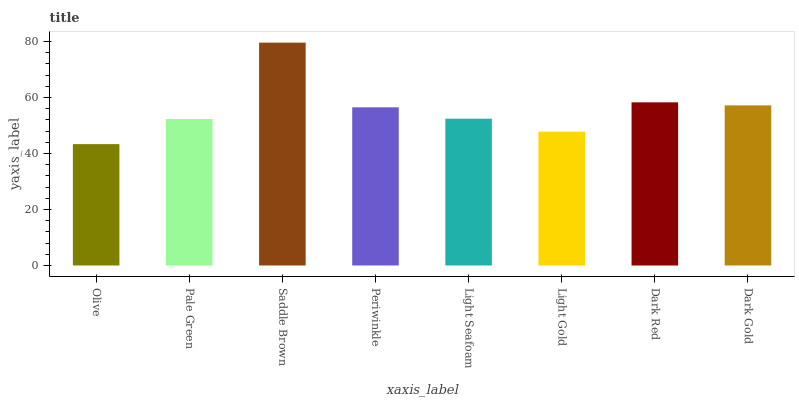
| xaxis_label | bars |
 | --- | --- |
 | Olive | 43.3 |
 | Pale Green | 52.3 |
 | Saddle Brown | 79.6 |
 | Periwinkle | 56.5 |
 | Light Seafoam | 52.4 |
 | Light Gold | 47.8 |
 | Dark Red | 58.3 |
 | Dark Gold | 57.2 |